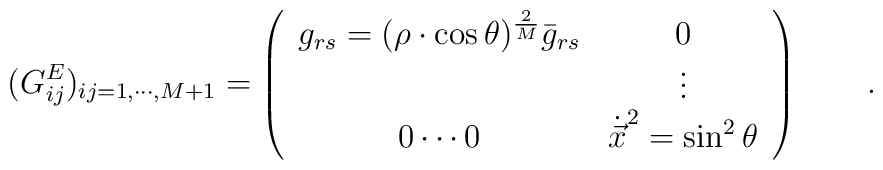
(G_{ij}^E)_{ij=1, \cdots, M+1}=\left(\begin{array}{cc}\displaystyle g_{rs}=(\rho\cdot\cos\theta)^{\frac{2}{M}}{\bar g}_{rs} &\displaystyle 0 \\& \vdots \\0 \cdots 0 &{\dot{\vec x}}^2=\sin^2\theta \end{array}\right) \qquad .